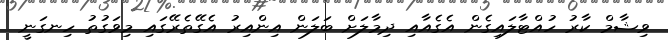
ވިޝާމް ކާރު ހުއްޓާލައިގެން އެގެއާއި ދިމާލަށް ބަލަން އިންއިރު އެގޭތެރޭގައި މިވަގުތު ހިނގަނީ